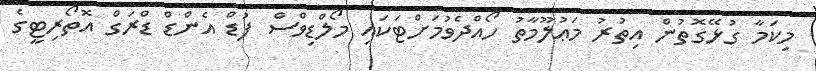
މިކަމާ ގުޅޭގޮތުން އިތުރު މަޢުލޫމާތު ހޯއްދެވުމަށްޓަކައި މޯލްޑިވްސް ފުޑް އެންޑް ޑްރަގް އޮތޯރިޓީގެ